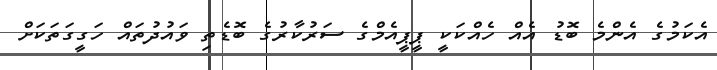
އެކަމުގެ އެންމެ ބޮޑު އެއް ހެއްކަކީ ޕީޕީއެމްގެ ސަރުކާރުގެ ބޮޑެތި ވައުދުތައް ހަގީގަތަކަށް